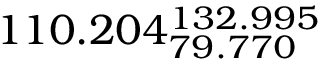
1 1 0 . 2 0 4 _ { 7 9 . 7 7 0 } ^ { 1 3 2 . 9 9 5 }